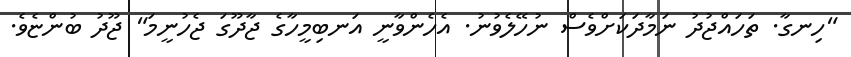
"ހިނގާ. ތަހައްޖުދު ނަމާދަކަށްވެސް ނުހޭލެވުނު. އެހެންވާނީ އަނބިމީހާގެ ޖާދޫގަ ޖެހުނީމަ" ޖޫދު ބުންޏެވެ.